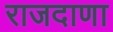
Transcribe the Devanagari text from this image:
राजदाणा